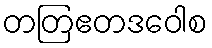
တတြဧတဒဝေါစ